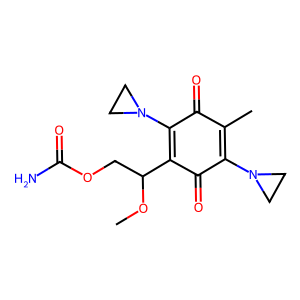
SMILES: COC(COC(N)=O)C1=C(N2CC2)C(=O)C(C)=C(N2CC2)C1=O
Inhibits HIV replication: No